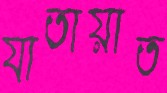
যাতায়াত